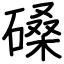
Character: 磉